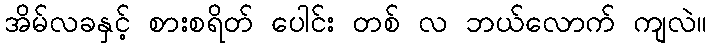
အိမ်လခနှင့် စားစရိတ် ပေါင်း တစ် လ ဘယ်လောက် ကျလဲ။